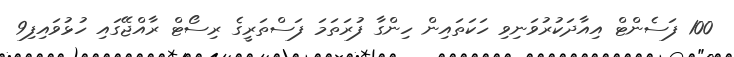
100 ފަސެންޓް އިއާދަކުރުވަނިވި ހަކަތައިން ހިންގާ ފުރަތަމަ ފަސްތަރީގެ ރިސޯޓް ރާއްޖޭގައި ހުޅުވައިފި9